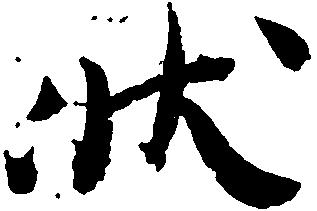
状